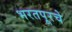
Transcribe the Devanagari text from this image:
भरतपूरचे